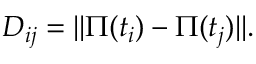
D _ { i j } = \Vert \Pi ( t _ { i } ) - \Pi ( t _ { j } ) \Vert .